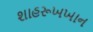
શાહરૂખખાન